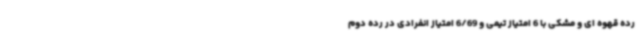
رده قهوه ای و مشکی با 6 امتیاز تیمی و 6/69 امتیاز انفرادی در رده دوم